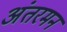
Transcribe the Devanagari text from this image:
अंतरमन